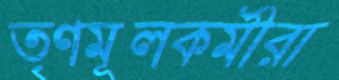
তৃণমূলকর্মীরা